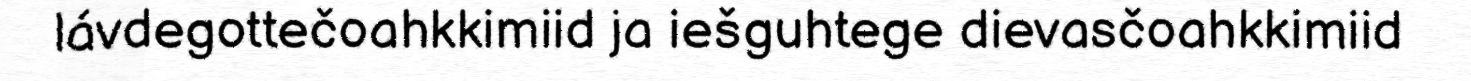
lávdegottečoahkkimiid ja iešguhtege dievasčoahkkimiid